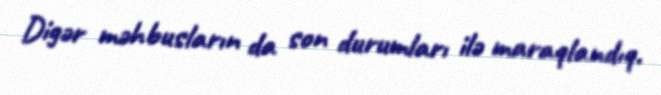
Digər məhbusların da son durumları ilə maraqlandıq.